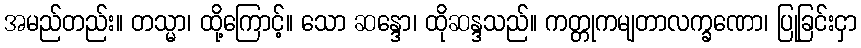
အမည်တည်း။ တသ္မာ၊ ထို့ကြောင့်။ သော ဆန္ဒော၊ ထိုဆန္ဒသည်။ ကတ္တုကမျတာလက္ခဏော၊ ပြုခြင်းငှာ